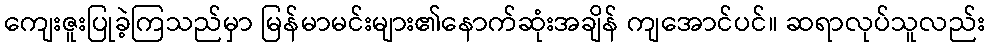
ကျေးဇူးပြုခဲ့ကြသည်မှာ မြန်မာမင်းများ၏နောက်ဆုံးအချိန် ကျအောင်ပင်။ ဆရာလုပ်သူလည်း